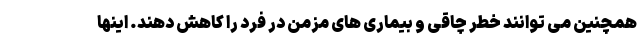
همچنین می توانند خطر چاقی و بیماری های مزمن در فرد را کاهش دهند. اینها